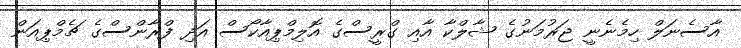
އާސެނަލް ހިމެނެނީ ޖަރުމަނުގެ ޝާލްކާ އާއި ގްރީސްގެ އޮލިމްޕިއާކޯސް އަދި ފްރާންސްގެ ޗެމްޕިއަން